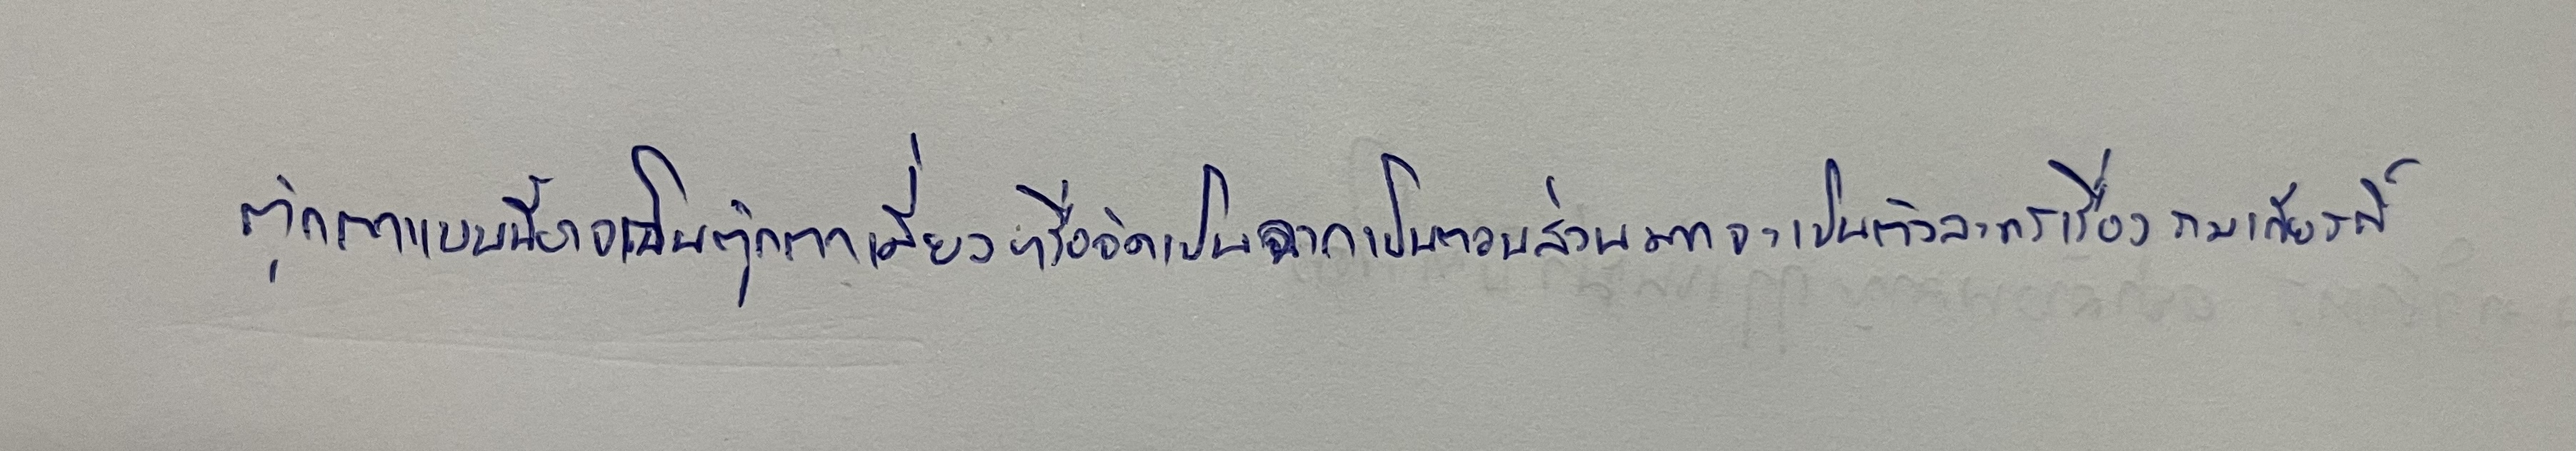
ตุ๊กตาแบบนี้อาจเป็นตุ๊กตาเดี่ยวหรือจัดเป็นฉากเป็นตอนส่วนมากจะเป็นตัวละครเรื่องรามเกียรติ์